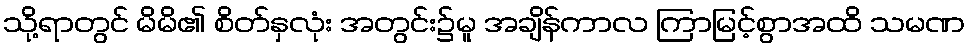
သို့ရာတွင် မိမိ၏ စိတ်နှလုံး အတွင်း၌မူ အချိန်ကာလ ကြာမြင့်စွာအထိ သမဏ